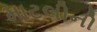
માટલીની